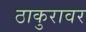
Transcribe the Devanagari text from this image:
ठाकुरावर